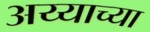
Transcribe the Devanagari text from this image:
अय्याच्या